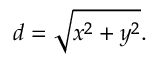
d = { \sqrt { x ^ { 2 } + y ^ { 2 } } } .